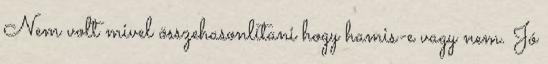
Nem volt mivel összehasonlítani hogy hamis-e vagy nem. Jó